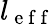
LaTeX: l_{\mathrm{~e~f~f~}}